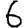
Digit: 6